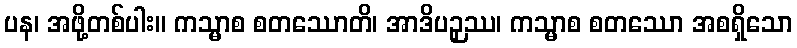
ပန၊ အဖို့တစ်ပါး။ ကသ္မာစ စတဿောတိ၊ အာဒိပဉှဿ၊ ကသ္မာစ စတဿော အစရှိသော